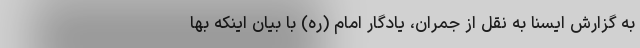
به گزارش ایسنا به نقل از جمران، یادگار امام (ره) با بیان اینکه بها